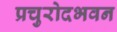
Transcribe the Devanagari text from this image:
प्रचुरोदभवन